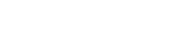
٢٧